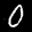
Label: 0